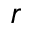
r